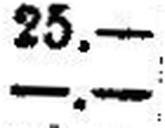
—.—